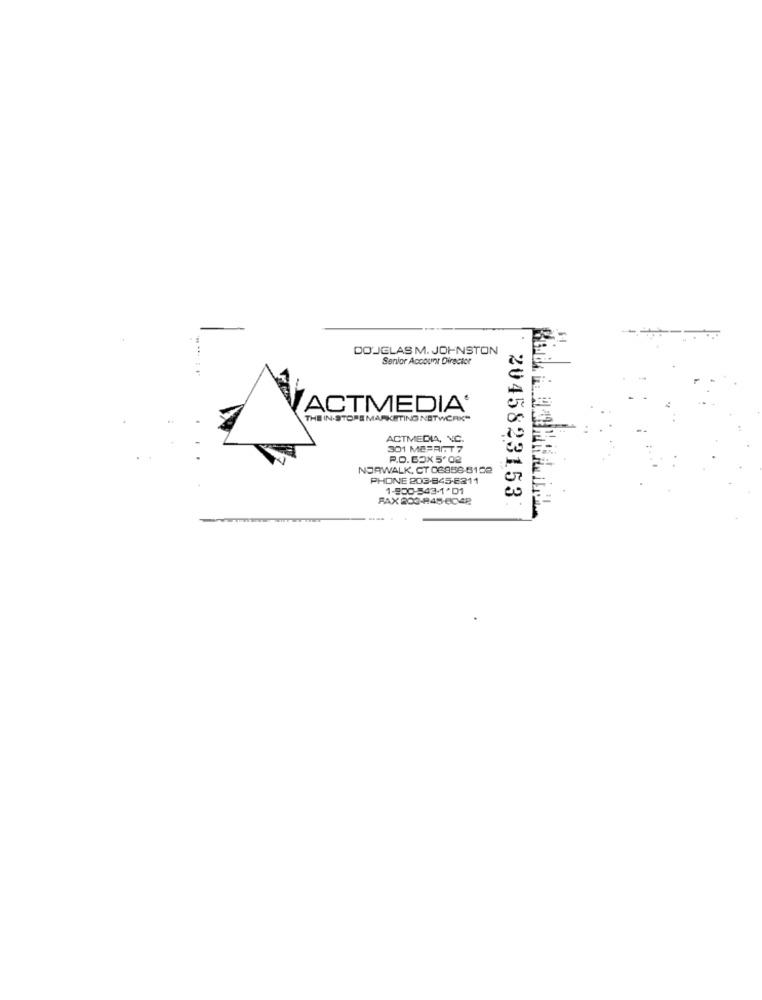
DO'JELAS M. JOHNSTON
Senior Account Director
ACTMEDIA'
THE IN-STORE MARKETING NETWERK"
ACTMEDIA, NC.
301 MEFRIT7
R.O. BOX 5'02
NORWALK, CT 06886-8102
PHONE 203-845-E211
1-800-543-1*01
2045823153
FAX 203-845-6042